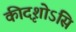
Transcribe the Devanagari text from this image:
कीदृशोऽसि